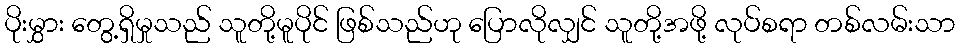
ပိုးမွှား တွေ့ရှိမှုသည် သူတို့မူပိုင် ဖြစ်သည်ဟု ပြောလိုလျှင် သူတို့အဖို့ လုပ်စရာ တစ်လမ်းသာ